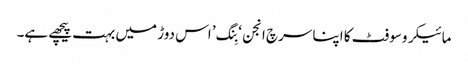
مائیکروسوفٹ کا اپنا سرچ انجن ‘بِنگ’ اس دوڑ میں بہت پیچھے ہے۔